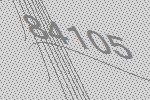
84105